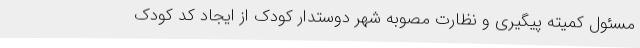
مسئول کمیته پیگیری و نظارت مصوبه شهر دوستدار کودک از ایجاد کد کودک